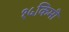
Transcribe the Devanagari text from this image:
१५किमी